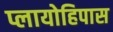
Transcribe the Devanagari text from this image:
प्लायोहिपास